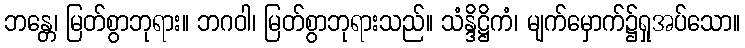
ဘန္တေ၊ မြတ်စွာဘုရား။ ဘဂဝါ၊ မြတ်စွာဘုရားသည်။ သံန္ဒိဋ္ဌိကံ၊ မျက်မှောက်၌ရှုအပ်သော။